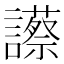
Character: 𧭝